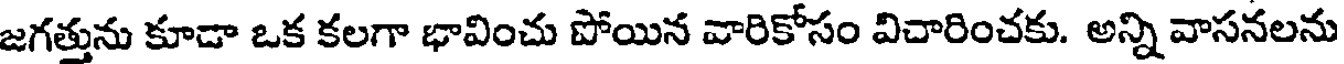
జగత్తును కూడా ఒక కలగా భావించు పోయిన వారికోసం విచారించకు. అన్ని వాసనలను